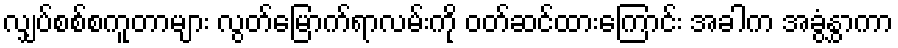
လျှပ်စစ်စကူတာများ လွတ်မြောက်ရာလမ်းကို ၀တ်ဆင်ထားကြောင်း အခါက အခွံနွှာကာ